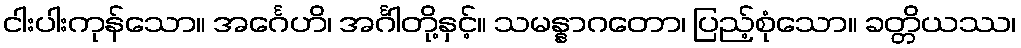
ငါးပါးကုန်သော။ အင်္ဂေဟိ၊ အင်္ဂါတို့နှင့်။ သမန္နာဂတော၊ ပြည့်စုံသော။ ခတ္တိယဿ၊